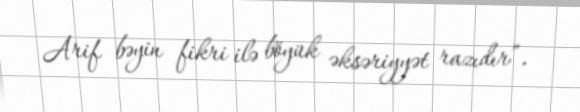
Arif bəyin fikri ilə böyük əksəriyyət razıdır”.